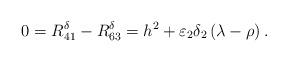
LaTeX: \begin{align*} 0=R_{41}^\delta-R_{63}^\delta=h^2+\varepsilon_2\delta_2\left(\lambda-\rho\right).\end{align*}